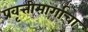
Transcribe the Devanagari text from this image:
प्रवृत्तीमार्गाचा